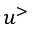
u ^ { > }